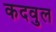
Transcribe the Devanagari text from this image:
कदवुल